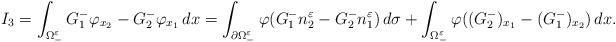
LaTeX: \begin{align*}I_3=\int_{\Omega_-^{\varepsilon}}G_1^-\varphi_{x_2}-G_2^-\varphi_{x_1}\, dx=\int_{\partial \Omega^{\varepsilon}_-}\varphi (G_1^- n_2^{\varepsilon}-G_2^- n_1^{\varepsilon})\, d\sigma+\int_{\Omega^{\varepsilon}_{-}}\varphi((G_2^-)_{x_1}-(G_1^-)_{x_2})\, dx.\end{align*}